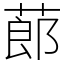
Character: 蓈